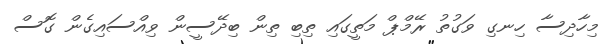
މިހާދިސާ ހިނގި ވަގުތު ރޭމްޕް މަތީގައި ތިބި ތިން ބިދޭސީން ވިއްސައިގެން ގޮސް